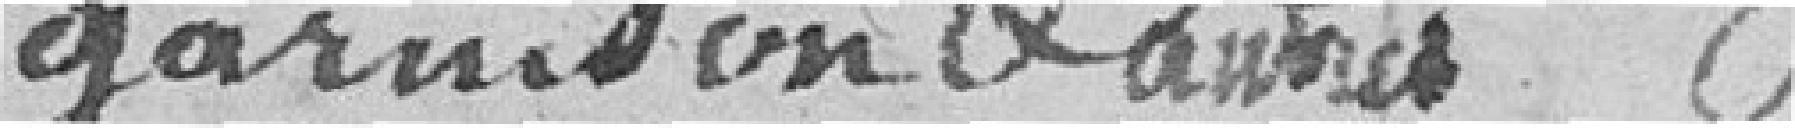
garnison et autres